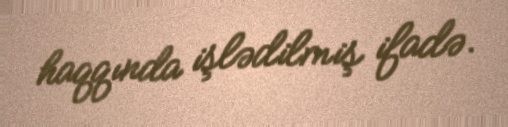
haqqında işlədilmiş ifadə.